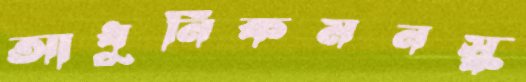
আধুনিকমনস্ক